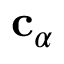
{ \mathbf { c } } _ { \alpha }